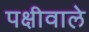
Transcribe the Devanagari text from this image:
पक्षीवाले